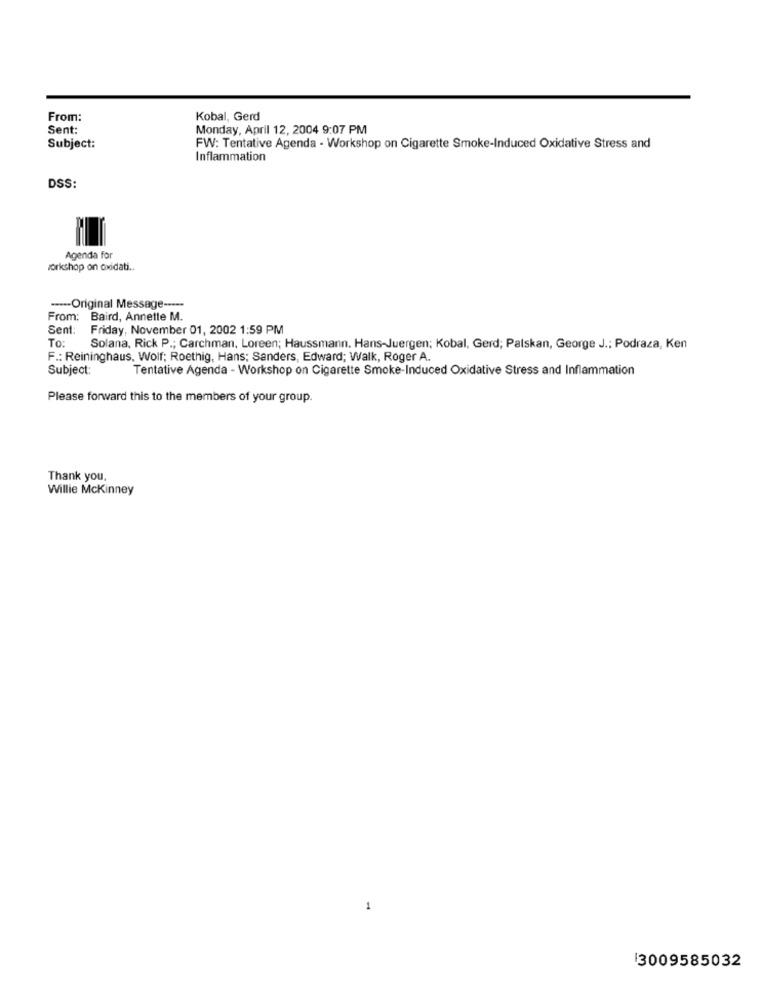
From:
Kobal, Gerd
Sent:
Monday, April 12, 2004 9:07 PM
Subject:
FW: Tentative Agenda - Workshop on Cigarette Smoke-Induced Oxidative Stress and
Inflammation
DSS:
Agenda for
workshop on oxidati ..
---- Original Message -----
From: Baird, Annette M.
Sent: Friday, November 01, 2002 1:59 PM
To:
Solana, Rick P .; Carchman, Loreen; Haussmann. Hans-Juergen; Kobal, Gerd; Palskan, George J .; Podraza, Ken
F .: Reininghaus, Wolf; Roethig, Hans: Sanders, Edward; Walk, Roger A.
Subject:
Tentative Agenda - Workshop on Cigarette Smoke-Induced Oxidative Stress and Inflammation
Please forward this to the members of your group.
Thank you.
Willie Mckinney
1
3009585032